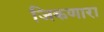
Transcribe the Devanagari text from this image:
जिकणारा